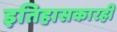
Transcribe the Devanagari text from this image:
इतिहासकारही